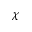
\chi